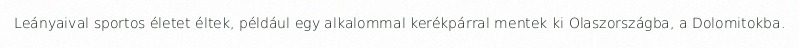
Leányaival sportos életet éltek, például egy alkalommal kerékpárral mentek ki Olaszországba, a Dolomitokba.